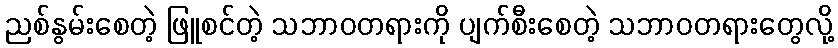
ညစ်နွမ်းစေတဲ့ ဖြူစင်တဲ့ သဘာဝတရားကို ပျက်စီးစေတဲ့ သဘာဝတရားတွေလို့